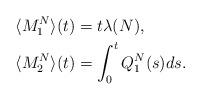
LaTeX: \begin{align*}\langle M^N_1\rangle(t)&=t\lambda(N),\\\langle M^N_2\rangle(t)&=\int_0^tQ_1^N(s)ds.\end{align*}